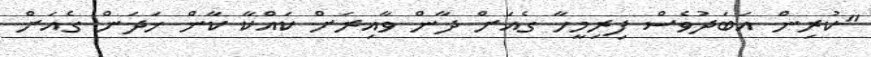
"ކުރިން އަބަދުވެސް ފިރިމީހާ ގެއަށް ދާން ވާއިރަށް ކައްކާ ކާން ހަދަން ގެއަށް